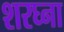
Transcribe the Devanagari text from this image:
शरघ्ना